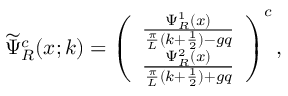
\widetilde { \Psi } _ { R } ^ { c } ( x ; k ) = \left( \begin{array} { c } { { \frac { \Psi _ { R } ^ { 1 } ( x ) } { \frac { \pi } { L } ( k + \frac { 1 } { 2 } ) - g q } } } \\ { { \frac { \Psi _ { R } ^ { 2 } ( x ) } { \frac { \pi } { L } ( k + \frac { 1 } { 2 } ) + g q } } } \end{array} \right) ^ { c } ,